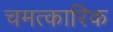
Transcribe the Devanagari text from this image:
चमत्‍कारिक